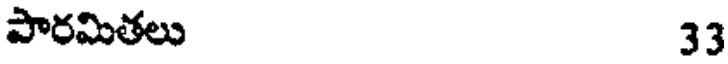
పారమితలు 33